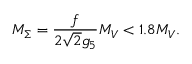
M _ { \Sigma } = \frac { f } { 2 \sqrt 2 g _ { 5 } } M _ { V } < 1 . 8 M _ { V } .